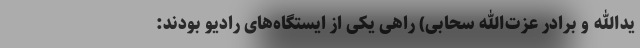
یدالله و برادر عزت‌الله سحابی) راهی یکی از ایستگاه‌های رادیو بودند: